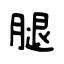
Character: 腿